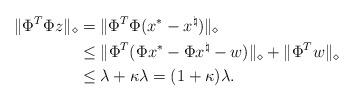
LaTeX: \begin{align*}\|\Phi^T\Phi z\|_\diamond &= \|\Phi^T\Phi (x^*-x^\natural)\|_\diamond \\ &\leq \|\Phi^T(\Phi x^*-\Phi x^\natural-w)\|_\diamond +\|\Phi^Tw\|_\diamond \\ & \leq \lambda+\kappa \lambda=(1+\kappa)\lambda.\end{align*}